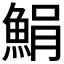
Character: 𩷫